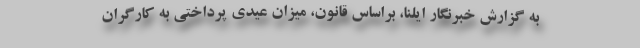
به گزارش خبرنگار ایلنا، براساس قانون، میزان عیدی پرداختی به کارگران